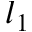
l _ { 1 }